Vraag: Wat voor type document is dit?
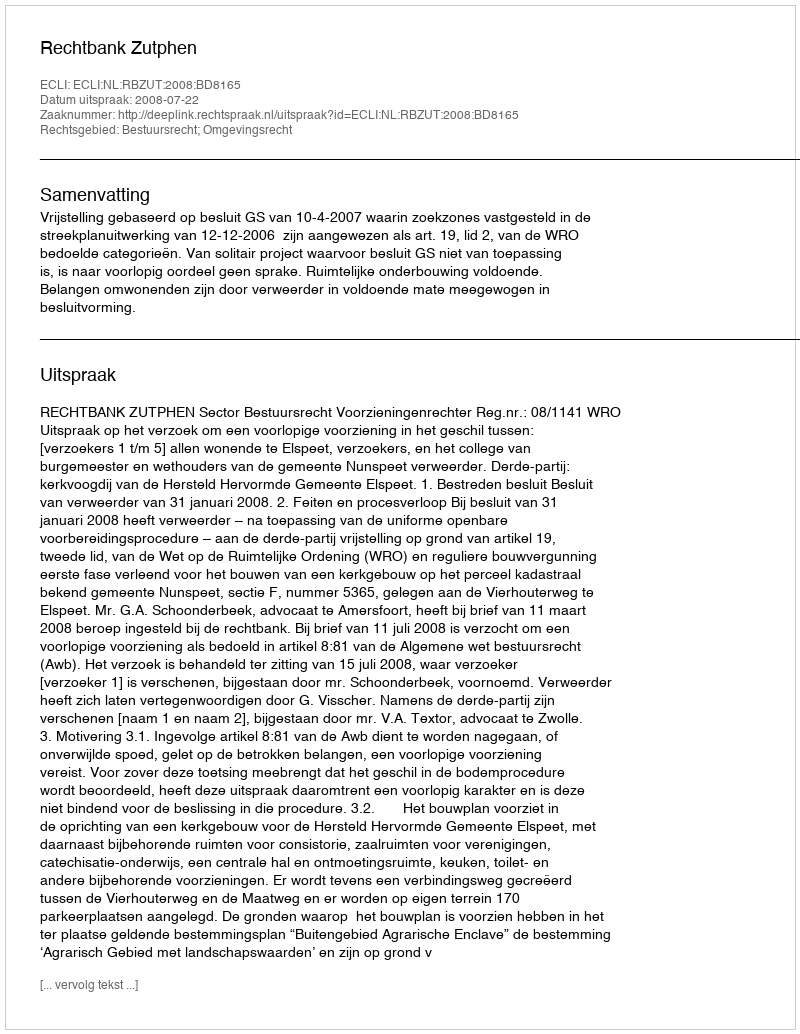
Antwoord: Uitspraak